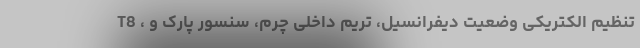
T8 ، تنظیم الکتریکی وضعیت دیفرانسیل، تریم داخلی چرم، سنسور پارک و